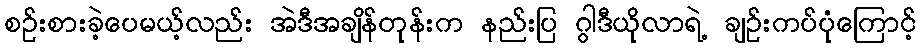
စဉ်းစားခဲ့ပေမယ့်လည်း အဲဒီအချိန်တုန်းက နည်းပြ ဂွါဒီယိုလာရဲ့ ချဉ်းကပ်ပုံကြောင့်